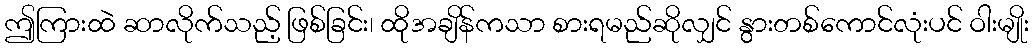
ဤကြားထဲ ဆာလိုက်သည့် ဖြစ်ခြင်း၊ ထိုအချိန်ကသာ စားရမည်ဆိုလျှင် နွားတစ်ကောင်လုံးပင် ဝါးမျိုး